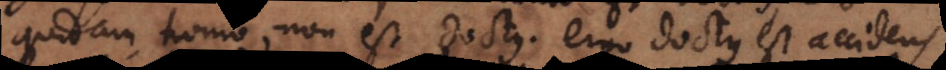
quidam homo non est doctus, ergo doctus est accidens